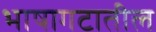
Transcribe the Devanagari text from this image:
भाषागटातील